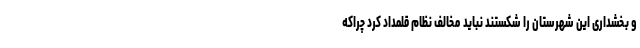
و بخشداری این شهرستان را شکستند نباید مخالف نظام قلمداد کرد چراکه